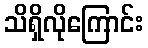
သိရှိလိုကြောင်း